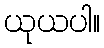
ယုယပါ။